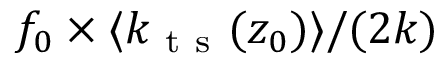
f _ { 0 } \times \langle k _ { \mathrm { ~ t ~ s ~ } } ( z _ { 0 } ) \rangle / ( 2 k )